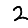
Digit: 2